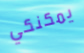
يمكنكي